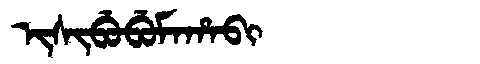
Manchu: ᡳᠰᡳᠪᡠᠪᡠᠮᠠᡥᠠᠪᡳ
Romanization: ISIBUBUMAHABI